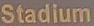
Stadium